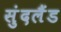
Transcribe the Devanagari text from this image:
सुंदलैंड